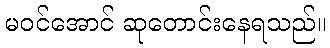
မဝင်အောင် ဆုတောင်းနေရသည်။